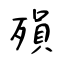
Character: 殞